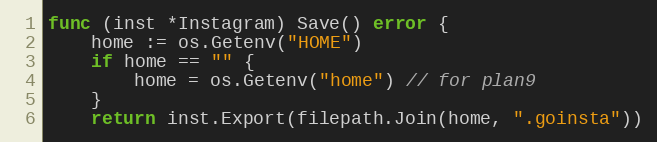
Language: Go
func (inst *Instagram) Save() error {
	home := os.Getenv("HOME")
	if home == "" {
		home = os.Getenv("home") // for plan9
	}
	return inst.Export(filepath.Join(home, ".goinsta"))